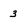
Character: 3